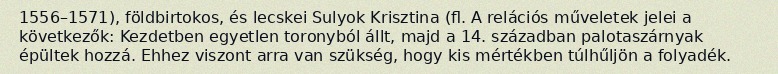
1556–1571), földbirtokos, és lecskei Sulyok Krisztina (fl. A relációs műveletek jelei a következők: Kezdetben egyetlen toronyból állt, majd a 14. században palotaszárnyak épültek hozzá. Ehhez viszont arra van szükség, hogy kis mértékben túlhűljön a folyadék.